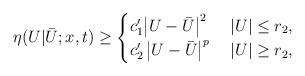
LaTeX: \begin{align*}\eta(U|\bar U;x,t)\ge \begin{cases}c_1' \big | U - \bar U \big |^2 & \; |U| \le r_2, \\c_2' \, \big | U - \bar U \big |^p & \; |U| \ge r_2,\end{cases}\end{align*}